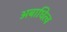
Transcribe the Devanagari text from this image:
अबाधित्व